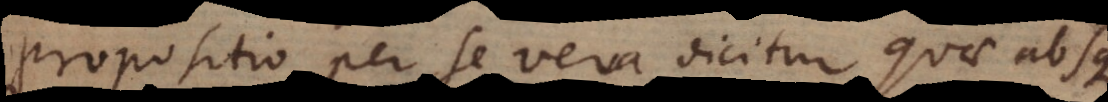
Propositio per se vera dicitur quae absque